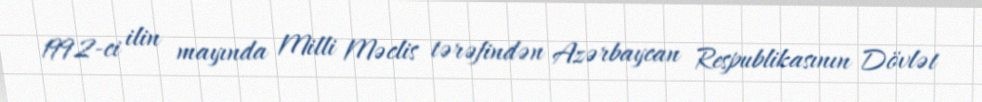
1992-ci ilin mayında Milli Məclis tərəfindən Azərbaycan Respublikasının Dövlət